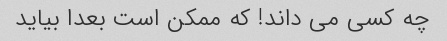
چه کسی می داند! که ممکن است بعدا بیاید